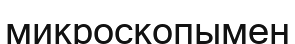
микроскопымен